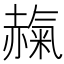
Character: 𧹵